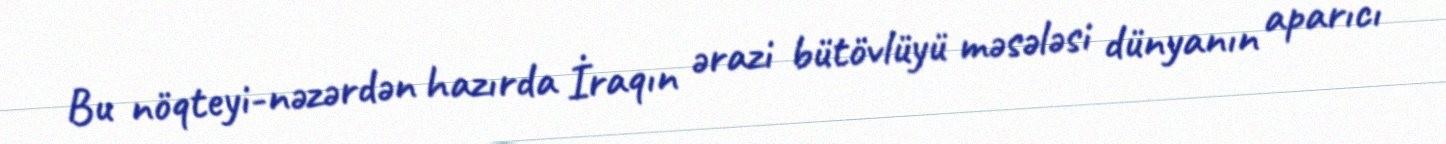
Bu nöqteyi-nəzərdən hazırda İraqın ərazi bütövlüyü məsələsi dünyanın aparıcı